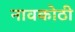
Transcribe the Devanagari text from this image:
नावकोठी